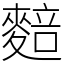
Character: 䴺